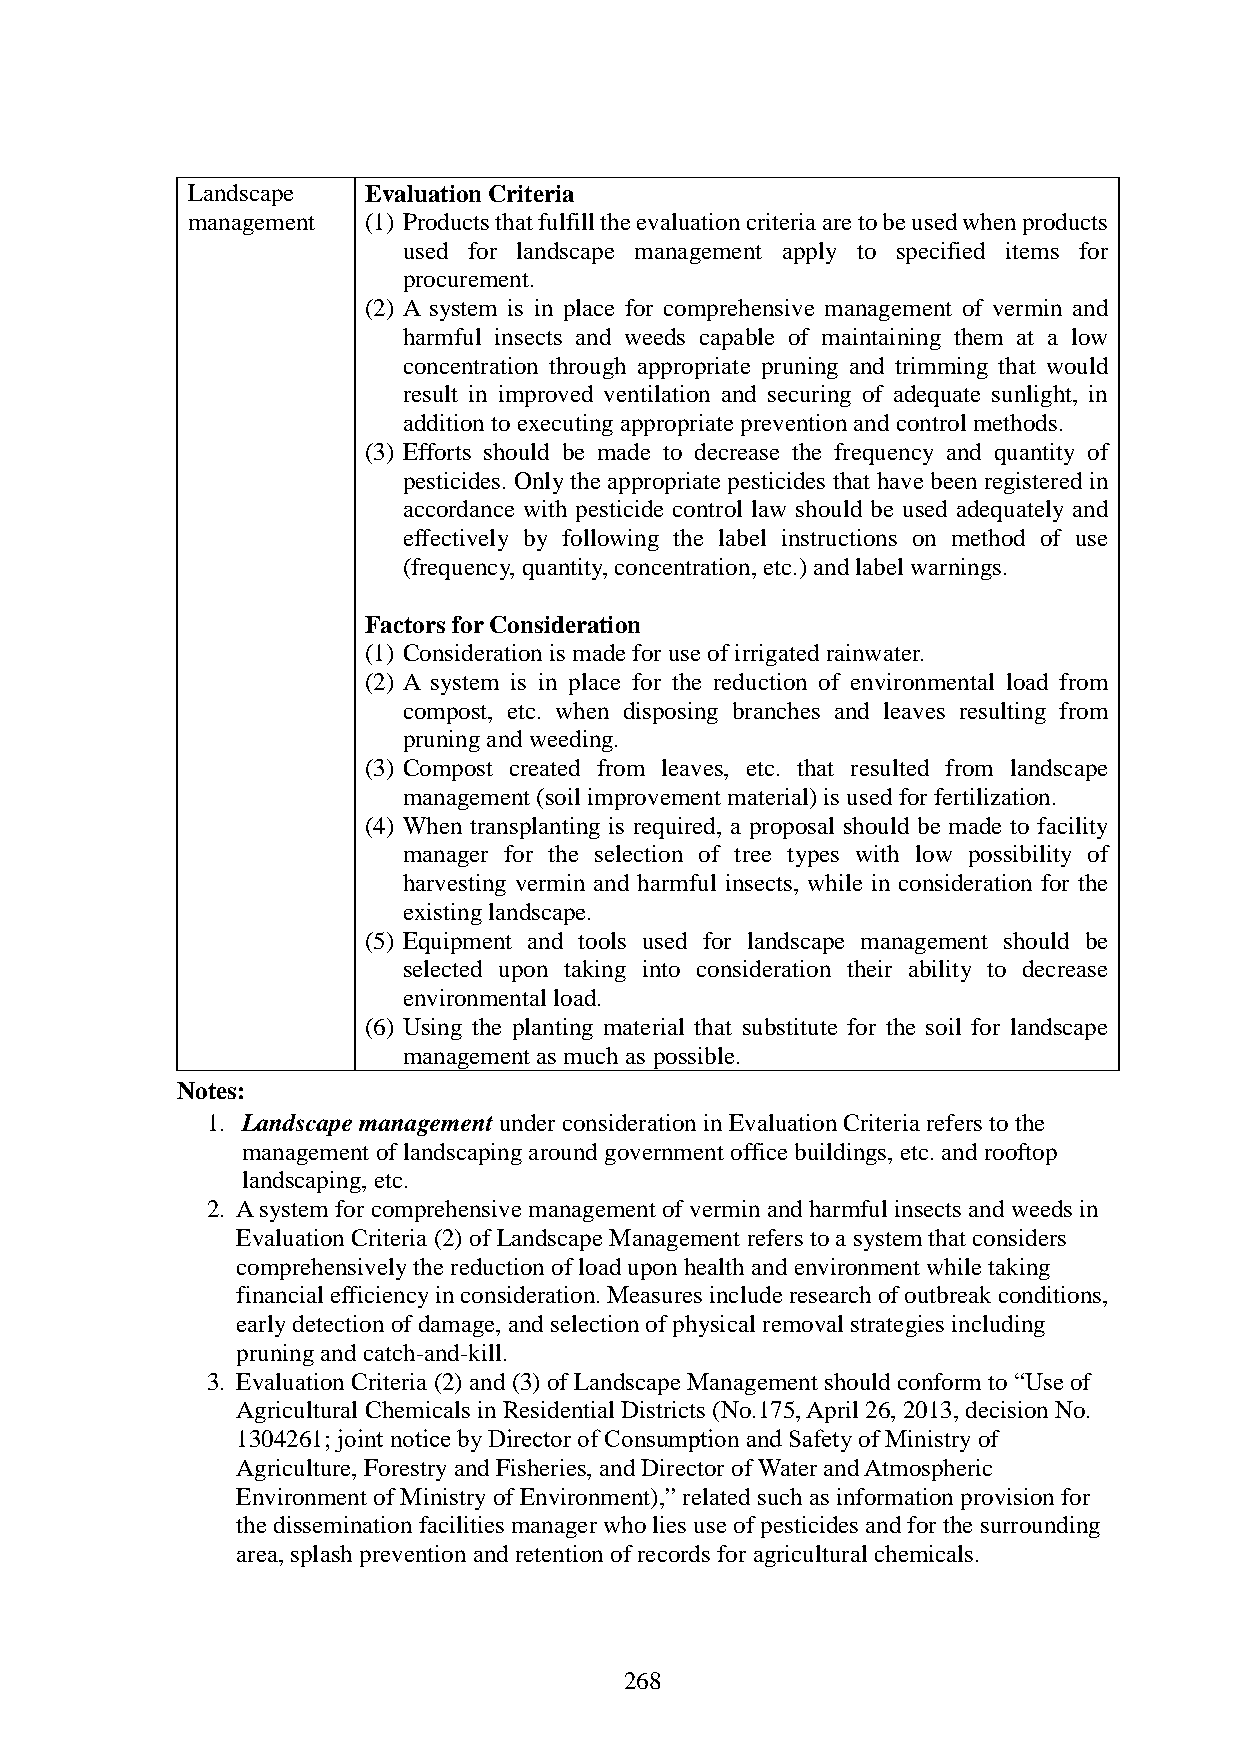
Landscape   Evaluation Criteria
 management  (1) Products that fulfill the evaluation criteria are to be used when products
 used for landscape management apply to specified items for
 procurement.
 (2) A system is in place for comprehensive management of vermin and
 harmful insects and weeds capable of maintaining them at a low
 concentration through appropriate pruning and trimming that would
 result in improved ventilation and securing of adequate sunlight, in
 addition to executing appropriate prevention and control methods.
 (3) Efforts should be made to decrease the frequency and quantity of
 pesticides. Only the appropriate pesticides that have been registered in
 accordance with pesticide control law should be used adequately and
 effectively by following the label instructions on method of use
 (frequency, quantity, concentration, etc.) and label warnings.
 Factors for Consideration
 (1) Consideration is made for use of irrigated rainwater.
 (2) A system is in place for the reduction of environmental load from
 compost, etc. when disposing branches and leaves resulting from
 pruning and weeding.
 (3) Compost created from leaves, etc. that resulted from landscape
 management (soil improvement material) is used for fertilization.
 (4) When transplanting is required, a proposal should be made to facility
 manager for the selection of tree types with low possibility of
 harvesting vermin and harmful insects, while in consideration for the
 existing landscape.
 (5) Equipment and tools used for landscape management should be
 selected upon taking into consideration their ability to decrease
 environmental load.
 (6) Using the planting material that substitute for the soil for landscape
 management as much as possible.
 Notes:
 1. Landscape management under consideration in Evaluation Criteria refers to the
 management of landscaping around government office buildings, etc. and rooftop
 landscaping, etc.
 2. A system for comprehensive management of vermin and harmful insects and weeds in
 Evaluation Criteria (2) of Landscape Management refers to a system that considers
 comprehensively the reduction of load upon health and environment while taking
 financial efficiency in consideration. Measures include research of outbreak conditions,
 early detection of damage, and selection of physical removal strategies including
 pruning and catch-and-kill.
 3. Evaluation Criteria (2) and (3) of Landscape Management should conform to “Use of
 Agricultural Chemicals in Residential Districts (No.175, April 26, 2013, decision No.
 1304261; joint notice by Director of Consumption and Safety of Ministry of
 Agriculture, Forestry and Fisheries, and Director of Water and Atmospheric
 Environment of Ministry of Environment),” related such as information provision for
 the dissemination facilities manager who lies use of pesticides and for the surrounding
 area, splash prevention and retention of records for agricultural chemicals.
 268